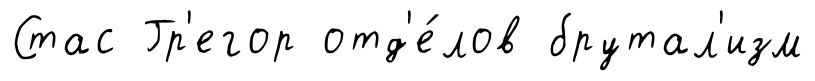
Стас Гр'егор отд'е́лов брутал'изм